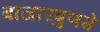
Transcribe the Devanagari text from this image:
बाजारबुणगे